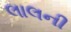
લાલની